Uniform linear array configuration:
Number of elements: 32
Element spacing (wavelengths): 0.5
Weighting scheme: blackman
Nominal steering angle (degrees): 0
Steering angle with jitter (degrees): -0.3116
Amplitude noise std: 0.05
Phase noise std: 0.05

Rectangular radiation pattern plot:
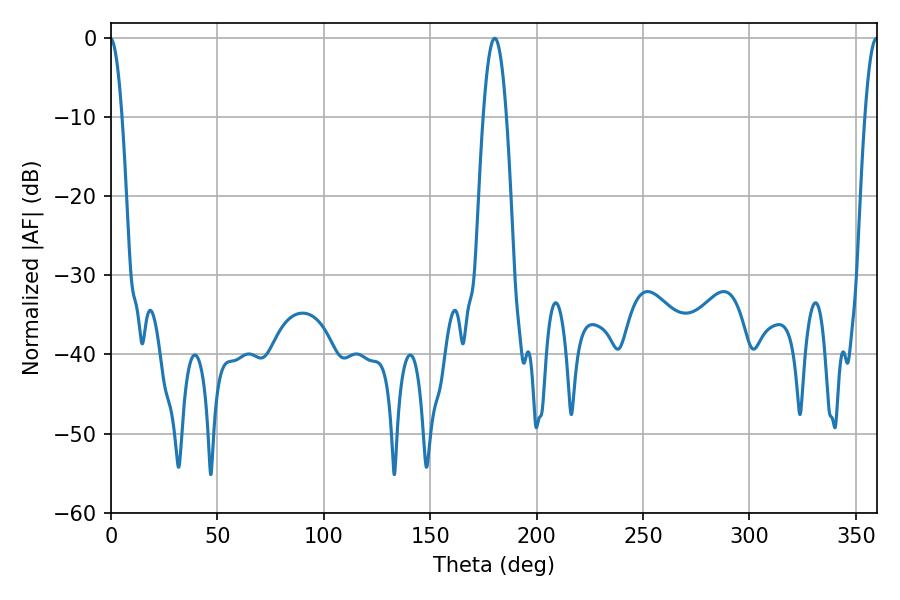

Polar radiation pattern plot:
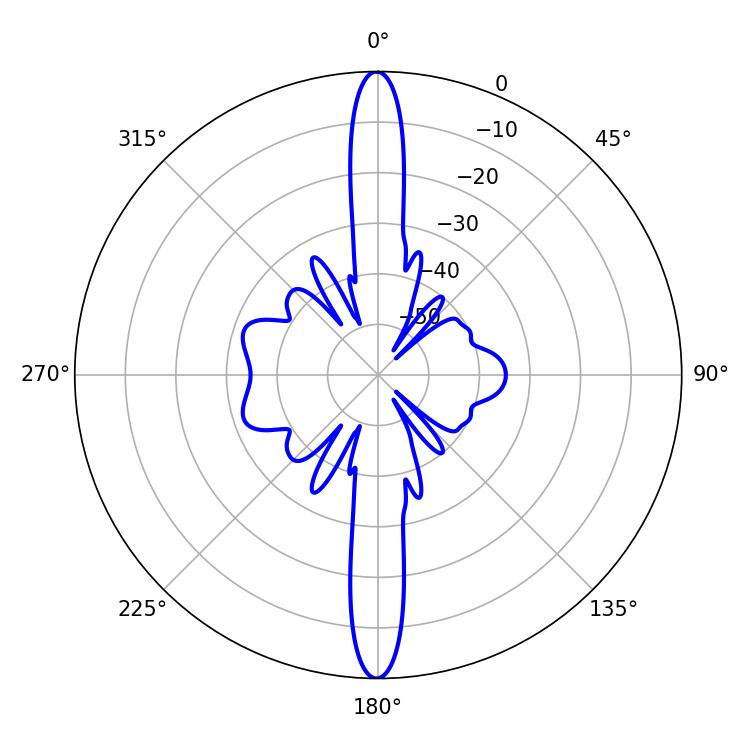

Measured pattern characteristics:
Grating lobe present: FALSE
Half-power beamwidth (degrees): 5.94
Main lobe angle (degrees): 180.36